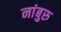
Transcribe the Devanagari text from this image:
नांबुरु